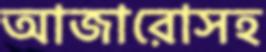
আজারোসহ